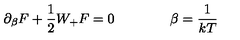
\partial _ { \beta } F + \frac { 1 } { 2 } W _ { + } F = 0 \qquad \qquad \beta = \frac { 1 } { k T }